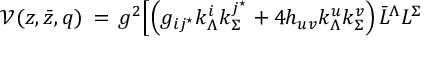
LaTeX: { \mathcal V } ( z , \bar { z } , q ) \, = \, g ^ { 2 } \Bigl [ \left( g _ { i j ^ { \star } } k _ { \Lambda } ^ { i } k _ { \Sigma } ^ { j ^ { \star } } + 4 h _ { u v } k _ { \Lambda } ^ { u } k _ { \Sigma } ^ { v } \right) \bar { L } ^ { \Lambda } L ^ { \Sigma }